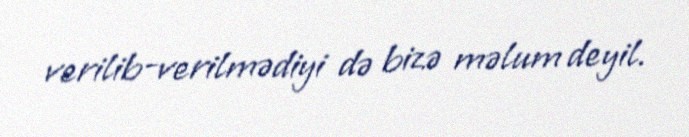
verilib-verilmədiyi də bizə məlum deyil.